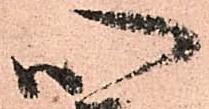
心